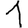
Digit: 1